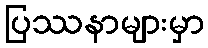
ပြဿနာများမှာ